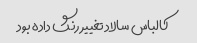
کالباس سالاد تغییر رنگ داده بود